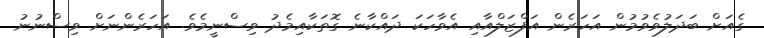
ގެއަށް ބަދަލުވެވުމުން އަހަރެން އަފްޒަލްއާއި އެވާހަކަ ދައްކާނެ ގޮތަކާއިމެދު ވިސްނީމެވެ. އަހަރެންނަށް ވިސްނުނު